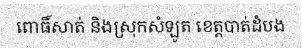
ពោធិ៍សាត់ និងស្រុកសំឡូត ខេត្តបាត់ដំបង